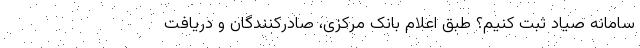
سامانه صیاد ثبت کنیم؟ طبق اعلام بانک مرکزی، صادرکنندگان و دریافت